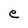
Character: e